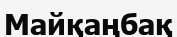
Майқаңбақ